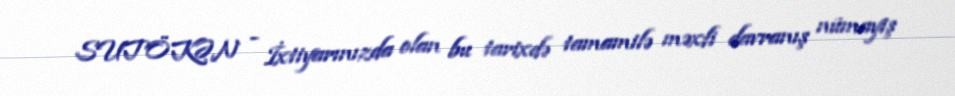
SUTÖKƏN - İxtiyarınızda olan bu tarixdə tamamilə məxfi davranış nümayiş